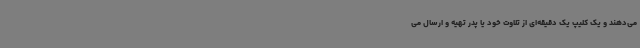
می‌دهند و یک کلیپ یک دقیقه‌ای از تلاوت خود یا پدر تهیه و ارسال می